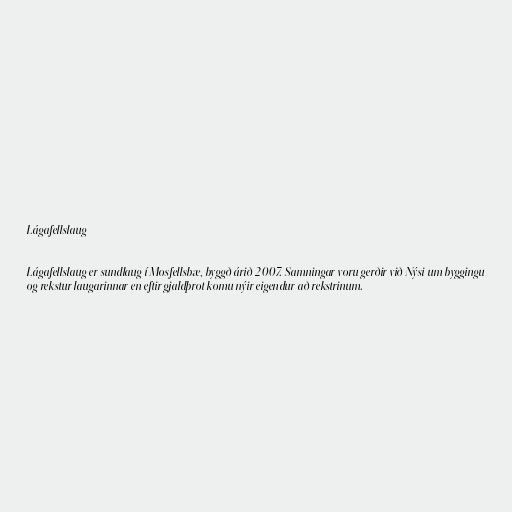
Lágafellslaug

Lágafellslaug er sundlaug í Mosfellsbæ, byggð árið 2007. Samningar voru gerðir við Nýsi um byggingu
og rekstur laugarinnar en eftir gjaldþrot komu nýir eigendur að rekstrinum.